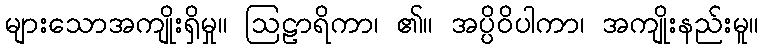
များသောအကျိုးရှိမှု။ ဩဠာရိကာ၊ ၏။ အပ္ပိဝိပါကာ၊ အကျိုးနည်းမူ။